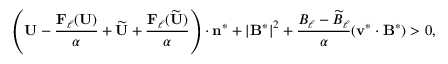
\left( \mathbf { U } - \frac { \mathbf { F } _ { \ell } ( \mathbf { U } ) } { \alpha } + \widetilde { \mathbf { U } } + \frac { \mathbf { F } _ { \ell } ( \widetilde { \mathbf { U } } ) } { \alpha } \right) \cdot \mathbf { n } ^ { * } + { | \mathbf { B } ^ { * } | } ^ { 2 } + \frac { B _ { \ell } - \widetilde { B } _ { \ell } } { \alpha } ( \mathbf { v } ^ { * } \cdot \mathbf { B } ^ { * } ) > 0 ,